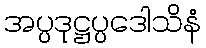
အပ္ပဒုဋ္ဌပ္ပဒေါသိနံ